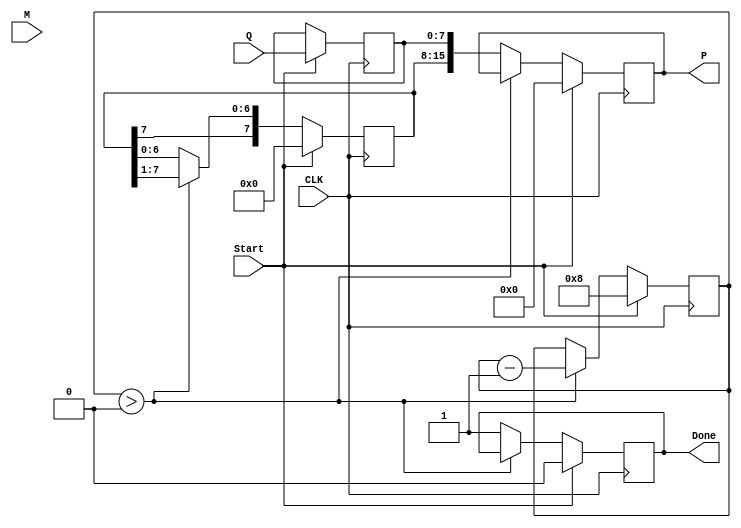
module booth_multiplier #(
    parameter N = 8 // Bit width for multiplicand and multiplier
)(
    input [N-1:0] M,          // Multiplicand
    input [N-1:0] Q,          // Multiplier
    input Start,              // Start signal
    input CLK,                // Clock signal
    output reg [2*N-1:0] P,   // Product
    output reg Done           // Done signal
);

    reg [N-1:0] A;            // Accumulator
    reg [N-1:0] Q_reg;        // Multiplier register (Q)
    reg Q_minus_1;            // Previous Q's LSB
    reg [3:0] count;          // Count for iterations

    always @(posedge CLK) begin
        if (Start) begin
            // Initialize registers
            A <= 0;
            Q_reg <= Q;
            Q_minus_1 <= 0;
            P <= 0;
            count <= N; // Set count to the number of bits
            Done <= 0;
        end else if (count > 0) begin
            case ({Q_reg[0], Q_minus_1})
                2'b01: A <= A + M;       // Add M to A
                2'b10: A <= A - M;       // Subtract M from A
                default: A <= A;         // Do nothing
            endcase
            
            // Right shift A and Q
            {A, Q_reg} <= {A[N-1], A[N-1:1], Q_reg[N-1:1], Q_reg[0]};
            Q_minus_1 <= Q_reg[0]; // Update Q-1
            count <= count - 1;     // Decrement iteration count
        end else begin
            // Operation completed
            P <= {A, Q_reg}; // Concatenate A and Q
            Done <= 1;       // Indicate completion
        end
    end
endmodule